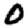
Digit: 0